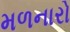
મળનારો